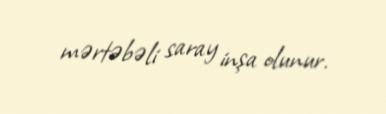
mərtəbəli saray inşa olunur.